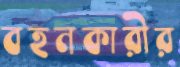
বহনকারীর